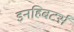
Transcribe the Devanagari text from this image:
इनहिबटर्स